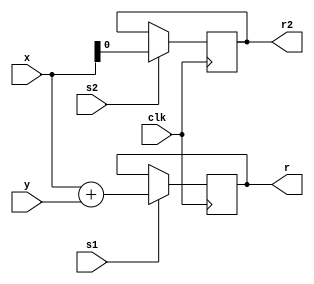
module test3  (input [3:0] x, y, input s1,s2, input clk, output [3:0] r, output r2);
	reg [3:0] r;
	reg r2;
	always @(posedge clk)
		if(s1) r <= x + y;
		
		
	always @(posedge clk)
		if(s2) r2 <= x[0];
		
endmodule